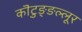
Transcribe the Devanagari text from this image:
कॊटुङ्ङल्लूर